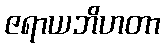
ဇရာယဘိဟတာ